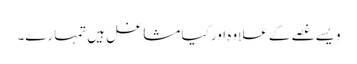
ویسے غصے کے علاوہ اور کیا مشاغل ہیں تمہارے۔